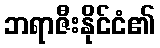
ဘရာဇီးနိုင်ငံ၏